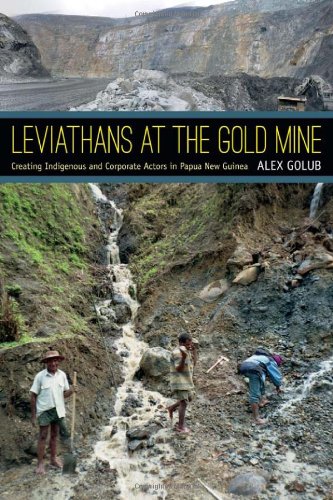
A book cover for Leviathans at the Gold Mine: Creating Indigenous and Corporate Actors in Papua New Guinea; Alex Golub; History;